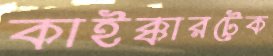
কাইক্কারটেক